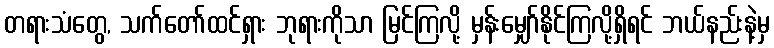
တရားသံတွေ, သက်တော်ထင်ရှား ဘုရားကိုသာ မြင်ကြလို့ မှန်းမျှော်နိုင်ကြလို့ရှိရင် ဘယ်နည်းနဲ့မှ